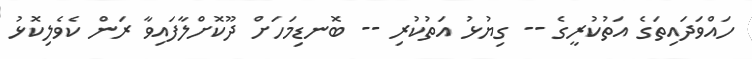
ހައްވަދައިތަގެ އަތުކުރީގެ -- ގިޔުޅު އަތުކުރި -- ބޮނޑިމަހަށް ދޫކޮށްލާފައިވާ ރަން ކެވެލިކޮޅު